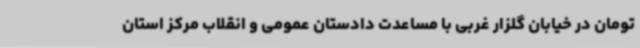
تومان در خیابان گلزار غربی با مساعدت دادستان عمومی و انقلاب مرکز استان